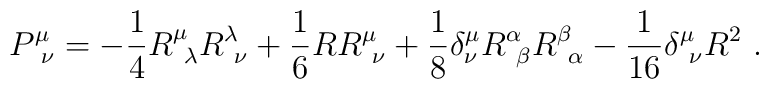
P^\mu_{\ \nu } = -{1\over 4}R^\mu_{\ \lambda} R^\lambda_{\ \nu}                +{1\over 6}R R^\mu_{\ \nu}          +{1\over 8}\delta^\mu_\nu R^\alpha_{\ \beta} R^\beta_{\ \alpha}            - {1\over 16} \delta^\mu_{\ \nu} R^2  \ .